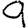
Digit: 9